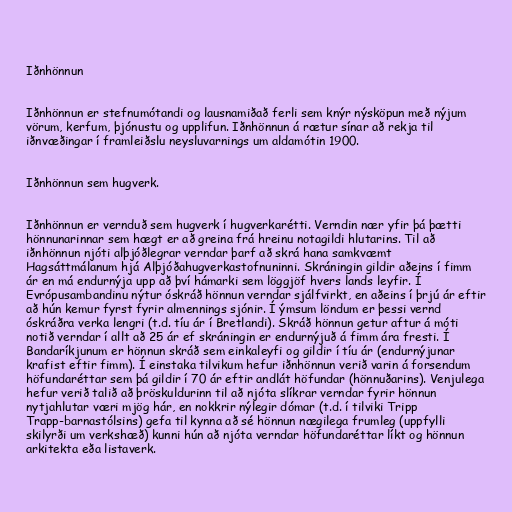
Iðnhönnun

Iðnhönnun er stefnumótandi og lausnamiðað ferli sem knýr nýsköpun með nýjum
vörum, kerfum, þjónustu og upplifun. Iðnhönnun á rætur sínar að rekja til
iðnvæðingar í framleiðslu neysluvarnings um aldamótin 1900.

Iðnhönnun sem hugverk.

Iðnhönnun er vernduð sem hugverk í hugverkarétti. Verndin nær yfir þá þætti
hönnunarinnar sem hægt er að greina frá hreinu notagildi hlutarins. Til að
iðnhönnun njóti alþjóðlegrar verndar þarf að skrá hana samkvæmt
Hagsáttmálanum hjá Alþjóðahugverkastofnuninni. Skráningin gildir aðeins í fimm
ár en má endurnýja upp að því hámarki sem löggjöf hvers lands leyfir. Í
Evrópusambandinu nýtur óskráð hönnun verndar sjálfvirkt, en aðeins í þrjú ár eftir
að hún kemur fyrst fyrir almennings sjónir. Í ýmsum löndum er þessi vernd
óskráðra verka lengri (t.d. tíu ár í Bretlandi). Skráð hönnun getur aftur á móti
notið verndar í allt að 25 ár ef skráningin er endurnýjuð á fimm ára fresti. Í
Bandaríkjunum er hönnun skráð sem einkaleyfi og gildir í tíu ár (endurnýjunar
krafist eftir fimm). Í einstaka tilvikum hefur iðnhönnun verið varin á forsendum
höfundaréttar sem þá gildir í 70 ár eftir andlát höfundar (hönnuðarins). Venjulega
hefur verið talið að þröskuldurinn til að njóta slíkrar verndar fyrir hönnun
nytjahlutar væri mjög hár, en nokkrir nýlegir dómar (t.d. í tilviki Tripp
Trapp-barnastólsins) gefa til kynna að sé hönnun nægilega frumleg (uppfylli
skilyrði um verkshæð) kunni hún að njóta verndar höfundaréttar líkt og hönnun
arkitekta eða listaverk.